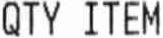
QTY ITEM